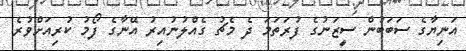
އަނިޔާގެ ސަބަބުން ސީޒަނުގެ ފުރަތަމަ ދެ މެޗު ގެއްލުނުއިރު އޭނާގެ ފޯމު ކުރިއަށްވުރެ